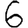
Digit: 6